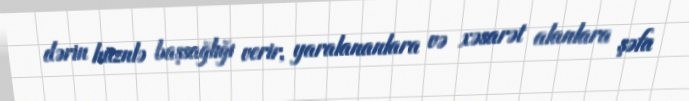
dərin hüznlə başsağlığı verir, yaralananlara və xəsarət alanlara şəfa